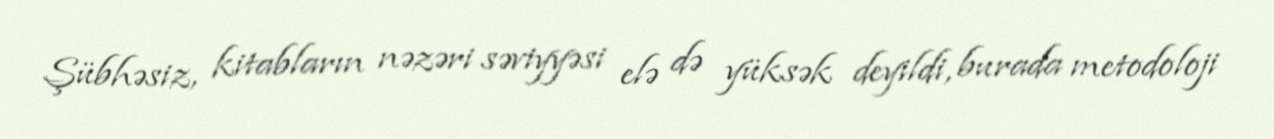
Şübhəsiz, kitabların nəzəri səviyyəsi elə də yüksək deyildi, burada metodoloji